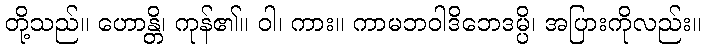
တို့သည်။ ဟောန္တိ၊ ကုန်၏။ ဝါ၊ ကား။ ကာမဘဝါဒိဘေဒမ္ပိ၊ အပြားကိုလည်း။